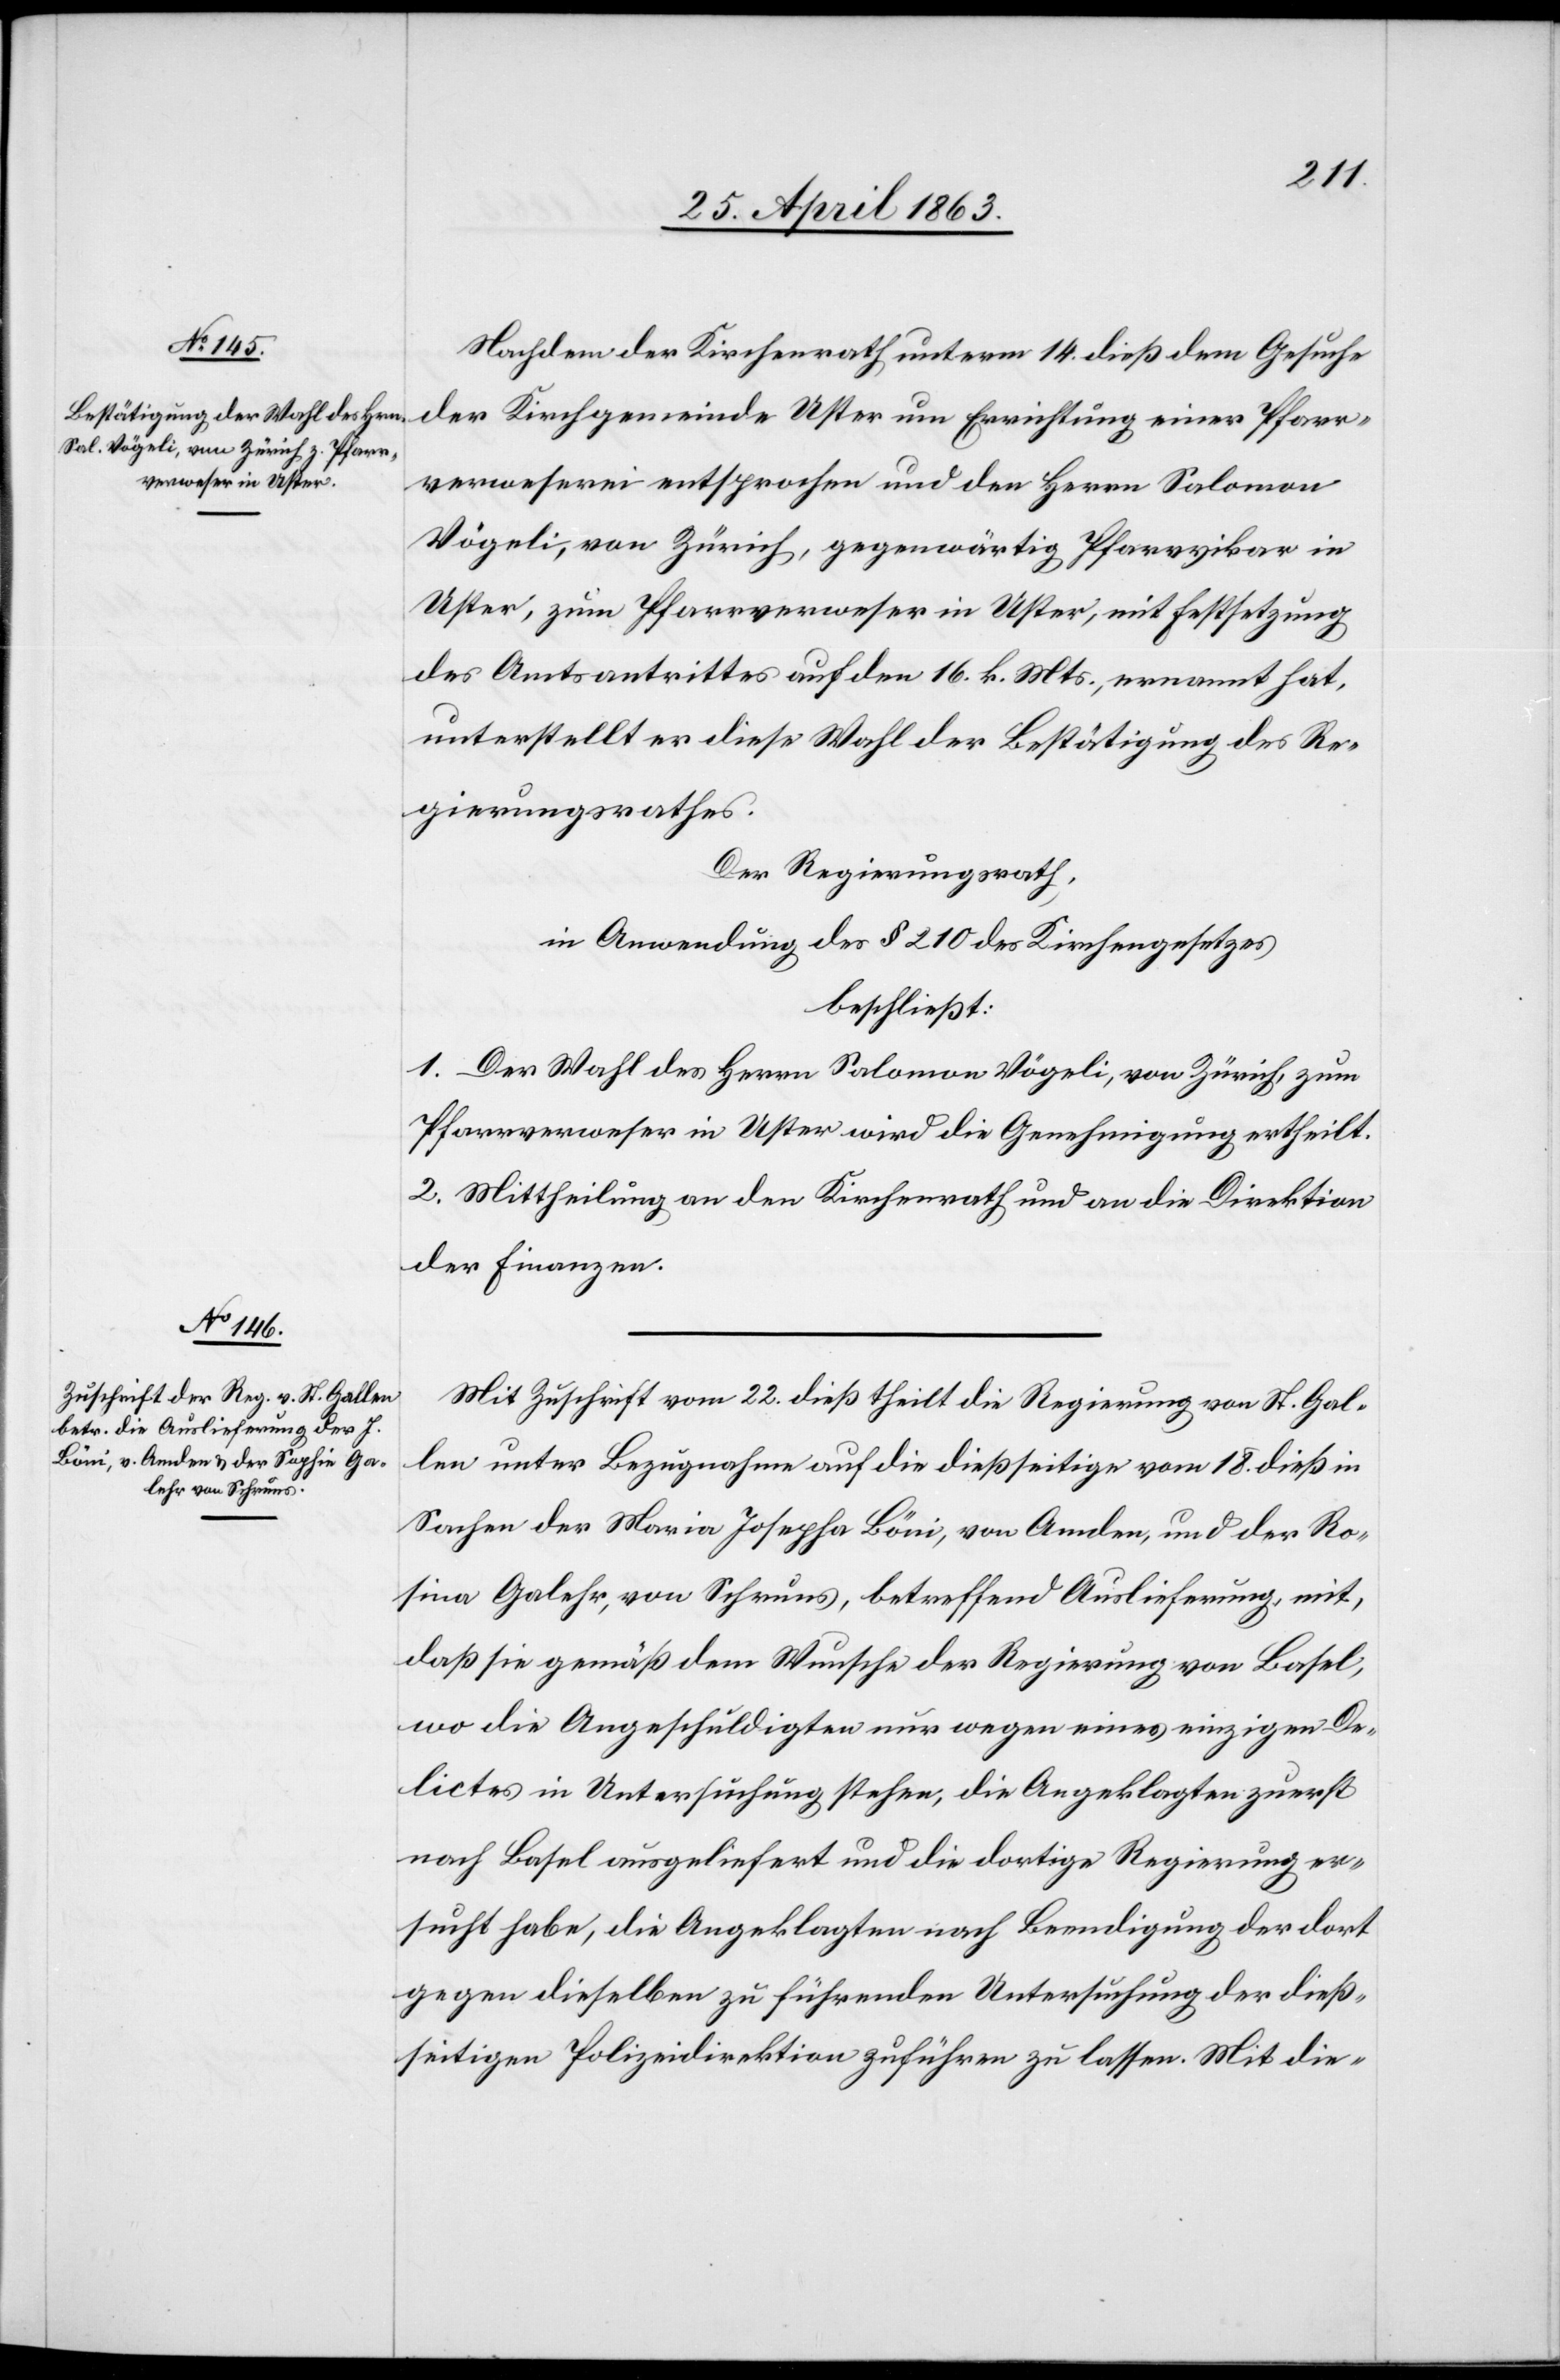
Nachdem der Kirchenrath unterm 14. dieß dem Gesuche
der Kirchgemeinde Uster um Errichtung einer Pfarr¬
verweserei entsprochen und den Herrn Salomon
Vögeli, von Zürich, gegenwärtig Pfarrvikar in
Uster, zum Pfarrverweser in Uster, mit Festsetzung
des Amtsantrittes auf den 16. k. Mts., ernannt hat,
unterstellt er diese Wahl der Bestätigung des Re¬
gierungsrathes.
Der Regierungsrath,
in Anwendung des § 210 des Kirchengesetzes
beschließt:
1. Der Wahl des Herrn Salomon Vögeli, von Zürich, zum
Pfarrverweser in Uster wird die Genehmigung ertheilt.
2. Mittheilung an den Kirchenrath und an die Direktion
der Finanzen.
Mit Zuschrift vom 22. dieß theilt die Regierung von St. Gal¬
len unter Bezugnahme auf die dießseitige vom 18. dieß in
Sachen der Maria Josepha Böni, von Amden, und der Ro¬
sina Galehr, von Schruns, betreffend Auslieferung, mit,
daß sie gemäß dem Wunsche der Regierung von Basel,
wo die Angeschuldigten nur wegen eines einzigen De¬
lictes in Untersuchung stehen, die Angeklagten zuerst
nach Basel ausgeliefert und die dortige Regierung er¬
sucht habe, die Angeklagten nach Beendigung der dort
gegen dieselben zu führenden Untersuchung der dieß¬
seitigen Polizeidirektion zuführen zu lassen. Mit die-